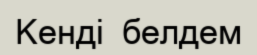
Кенді  белдем